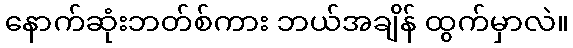
နောက်ဆုံးဘတ်စ်ကား ဘယ်အချိန် ထွက်မှာလဲ။